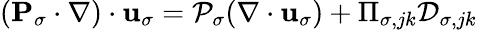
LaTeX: ({\mathbf P}_{\sigma}\cdot\nabla)\cdot{\mathbf u}_{\sigma}={\cal P}_{\sigma}(\nabla\cdot{\mathbf u}_{\sigma})+\Pi_{\sigma,jk}{\cal D}_{\sigma,jk}